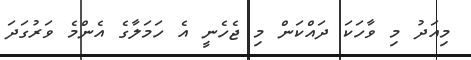
މިއަދު މި ވާހަކަ ދައްކަން މި ޖެހެނީ އެ ހަމަލާގެ އެންމެ ވަރުގަދަ